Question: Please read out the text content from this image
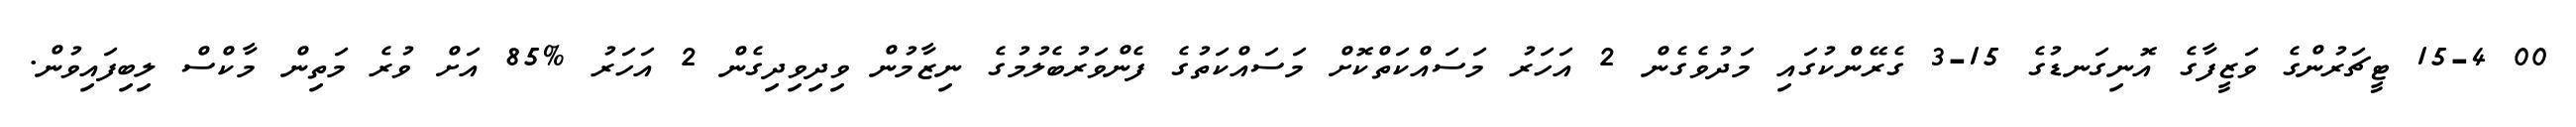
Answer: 00 15-4 ޓީޗަރުންގެ ވަޒީފާގެ އޮނިގަނޑުގެ 15-3 ގެރޭންކުގައި މަދުވެގެން 2 އަހަރު މަސައްކަތްކޮށް މަސައްކަތުގެ ފެންވަރުބެލުމުގެ ނިޒާމުން ވިދިވިދިގެން 2 އަހަރު %85 އަށް ވުރެ މަތިން މާކްސް ލިބިފައިވުން.